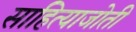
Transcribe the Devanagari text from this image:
साहित्याजोती